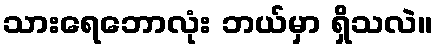
သားရေဘောလုံး ဘယ်မှာ ရှိသလဲ။